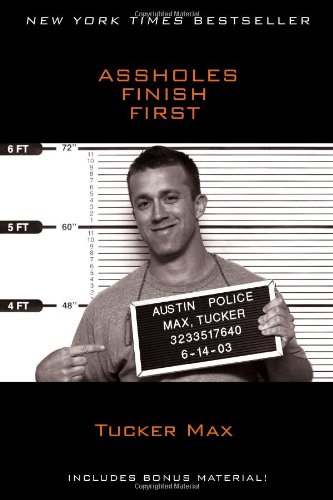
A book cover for Assholes Finish First; Tucker Max; Humor & Entertainment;